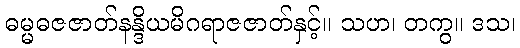
ဓမ္မဓဇဇာတ်နန္ဒိယမိဂရာဇဇာတ်နှင့်။ သဟ၊ တကွ။ ဒသ၊